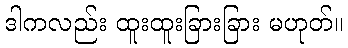
ဒါကလည်း ထူးထူးခြားခြား မဟုတ်။